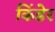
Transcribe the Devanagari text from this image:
किंडेर